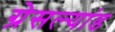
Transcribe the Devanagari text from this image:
ग्रेसल्यांड